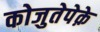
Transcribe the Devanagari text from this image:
कोजुतेपेक़े